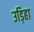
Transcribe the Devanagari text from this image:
उड़िहा